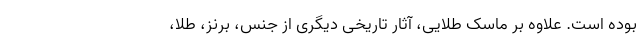
بوده است. علاوه بر ماسک طلایی، آثار تاریخی دیگری از جنس، برنز، طلا،